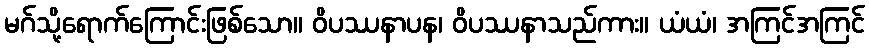
မဂ်သို့ရောက်ကြောင်းဖြစ်သော။ ဝိပဿနာပန၊ ဝိပဿနာသည်ကား။ ယံယံ၊ အကြင်အကြင်